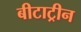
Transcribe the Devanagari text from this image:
बीटाट्रीन